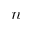
n